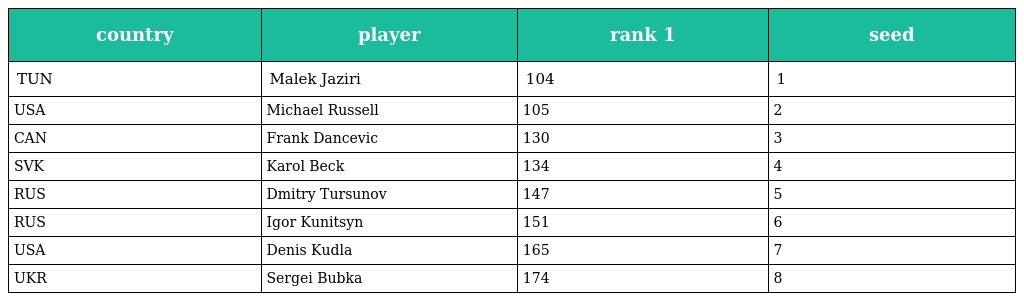
| country | player | rank 1 | seed |
 | --- | --- | --- | --- |
 | TUN | Malek Jaziri | 104 | 1 |
 | USA | Michael Russell | 105 | 2 |
 | CAN | Frank Dancevic | 130 | 3 |
 | SVK | Karol Beck | 134 | 4 |
 | RUS | Dmitry Tursunov | 147 | 5 |
 | RUS | Igor Kunitsyn | 151 | 6 |
 | USA | Denis Kudla | 165 | 7 |
 | UKR | Sergei Bubka | 174 | 8 |